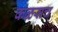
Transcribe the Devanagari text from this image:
कळसच